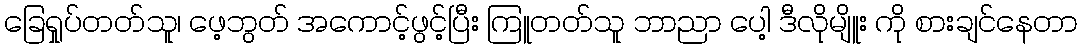
ခြေရှုပ်တတ်သူ၊ ဖေ့ဘွတ် အကောင့်ဖွင့်ပြီး ကြူတတ်သူ ဘာညာ ပေါ့ ဒီလိုမျိူး ကို စားချင်နေတာ